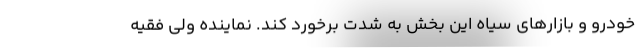
خودرو و بازارهای سیاه این بخش به شدت برخورد کند. نماینده ولی فقیه